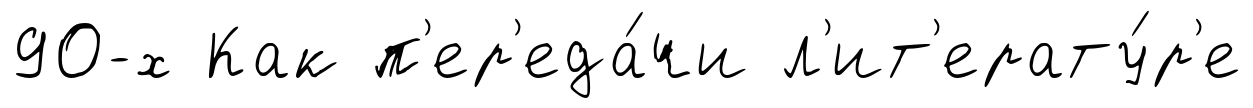
90-х Как п'ер'еда́чи л'ит'ерату́р'е